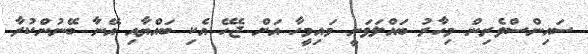
ސައިންސްވެރިން މިހާރު ބައްލަވަނީ މައިމީހާ އަށް ޖެހޭ އެކި ބައްޔާއި އޭނާ ބޭނުންކުރާ